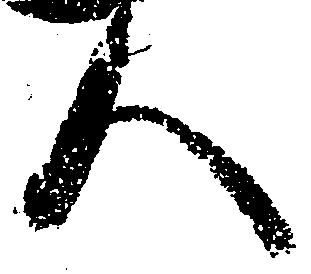
人